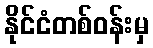
နိုင်ငံတစ်ဝန်းမှ